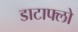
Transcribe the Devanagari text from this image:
डाटाफ्लो